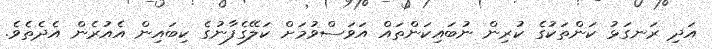
އަދި ރަނގަޅު ކަންތަކުގެ ކުރިން ނުބައިކަންތައް އަވަސްވުމަށް ކަލޭގެފާނުގެ ކިބައިން އެއުރެން އެދެތެވެ.